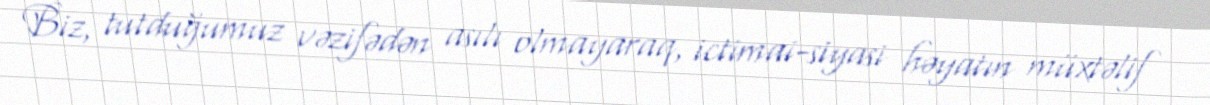
Biz, tutduğumuz vəzifədən asılı olmayaraq, ictimai-siyasi həyatın müxtəlif